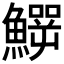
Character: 𩻙